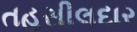
તહસીલદાર